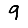
Digit: 9